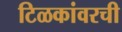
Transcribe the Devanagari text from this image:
टिळकांवरची